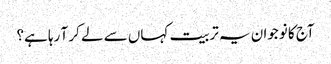
آج کا نوجوان یہ تربیت کہاں سے لے کر آ رہا ہے؟